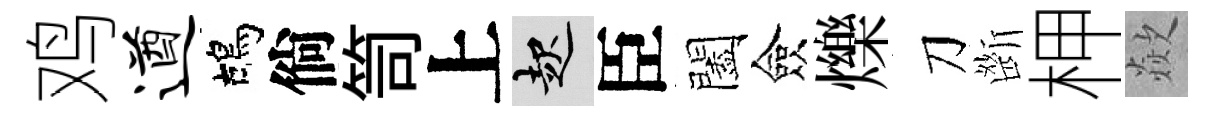
鸡遒鴣倘笥上起臣闔僉爍刀㫁柙歘